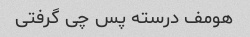
هومف درسته پس چی گرفتی